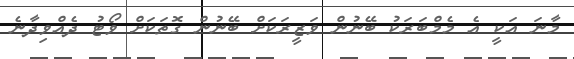
މާނަ އަކީ އެ މެމްބަރަކު ބޭނުން ވަޒީރަކަށް ބޭނުން ގޮތަކަށް ވޯޓު ދެއްވިދާނެ